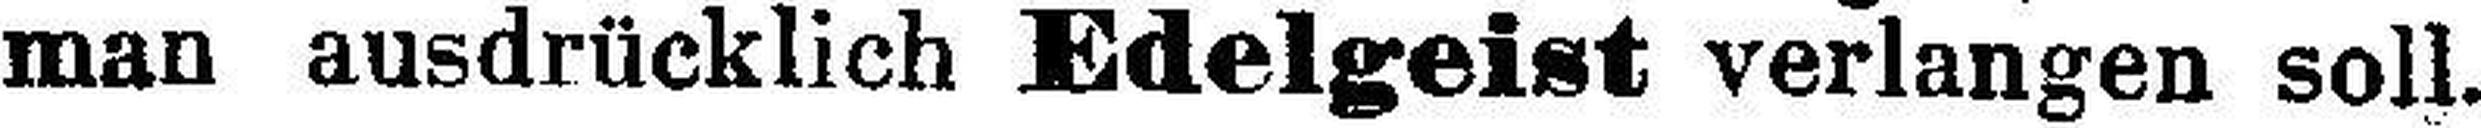
man ausdrücklich Edelgeist verlangen soll.